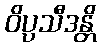
ဝိပ္ပသီဒန္တိ